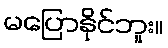
မပြောနိုင်ဘူး။